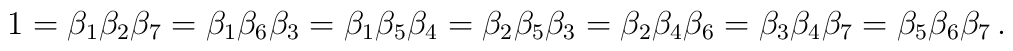
1=\beta_{1}\beta_{2}\beta_{7}=\beta_{1}\beta_{6}\beta_{3}=\beta_{1}\beta_{5}\beta_{4}=\beta_{2}\beta_{5}\beta_{3}=\beta_{2}\beta_{4}\beta_{6}=\beta_{3}\beta_{4}\beta_{7}=\beta_{5}\beta_{6}\beta_{7}\,.